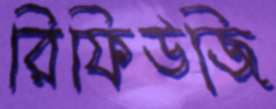
রিফিউজি